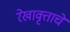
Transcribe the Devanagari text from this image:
रेखावृत्ताचे